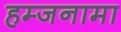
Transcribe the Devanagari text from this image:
हम्जनामा